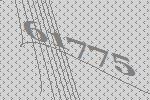
61775